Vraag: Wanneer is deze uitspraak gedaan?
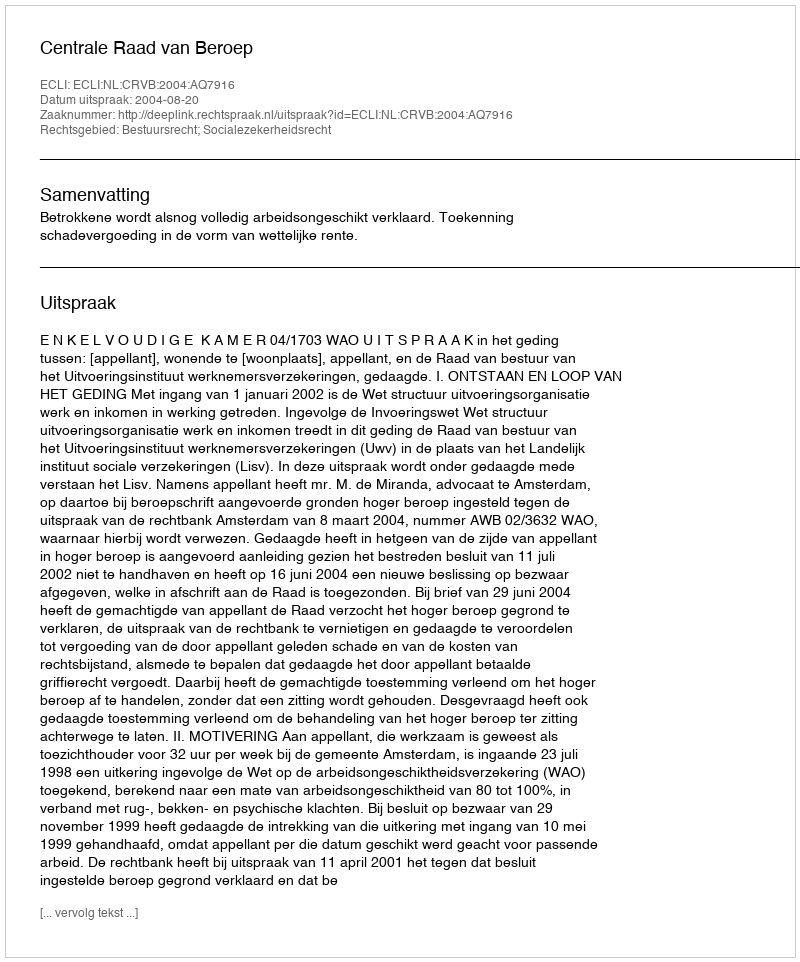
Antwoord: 2004-08-20